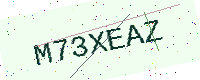
Text: M73XEAZ